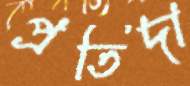
প্রতিদা